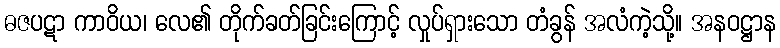
ဓဇပဋာ ကာဝိယ၊ လေ၏ တိုက်ခတ်ခြင်းကြောင့် လှုပ်ရှားသော တံခွန် အလံကဲ့သို့။ အနဝဋ္ဌာန